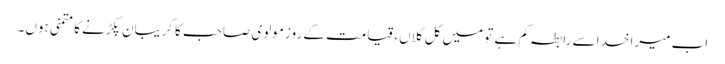
اب میرا خدا سے رابطہ کم ہے تو میں کل کلاں، قیامت کے روز مولوی صاحب کا گریبان پکڑنے کا متمنی ہوں۔